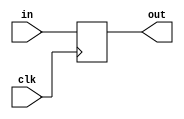
`timescale 1ns / 1ps
//////////////////////////////////////////////////////////////////////////////////
// Company: 
// Engineer: 
// 
// Design Name: 
// Module Name: ALUOut
// Project Name: 
// Target Devices: 
// Tool Versions: 
// Description: 
// 
// Dependencies: 
// 
// Revision:
// Revision 0.01 - File Created
// Additional Comments:
// 
//////////////////////////////////////////////////////////////////////////////////


module Reg(
    input clk,
    input [31:0]in,
    output reg[31:0]out
    );
    always @ (posedge clk) out<=in;
endmodule